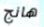
هانج